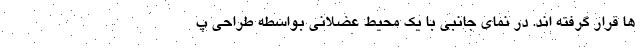
ها قرار گرفته اند. در نمای جانبی با یک محیط عضلانی بواسطه طراحی پ